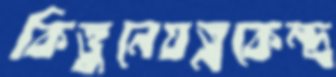
কিত্তুনেযত্নকেন্দ্র